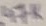
Text: 47K